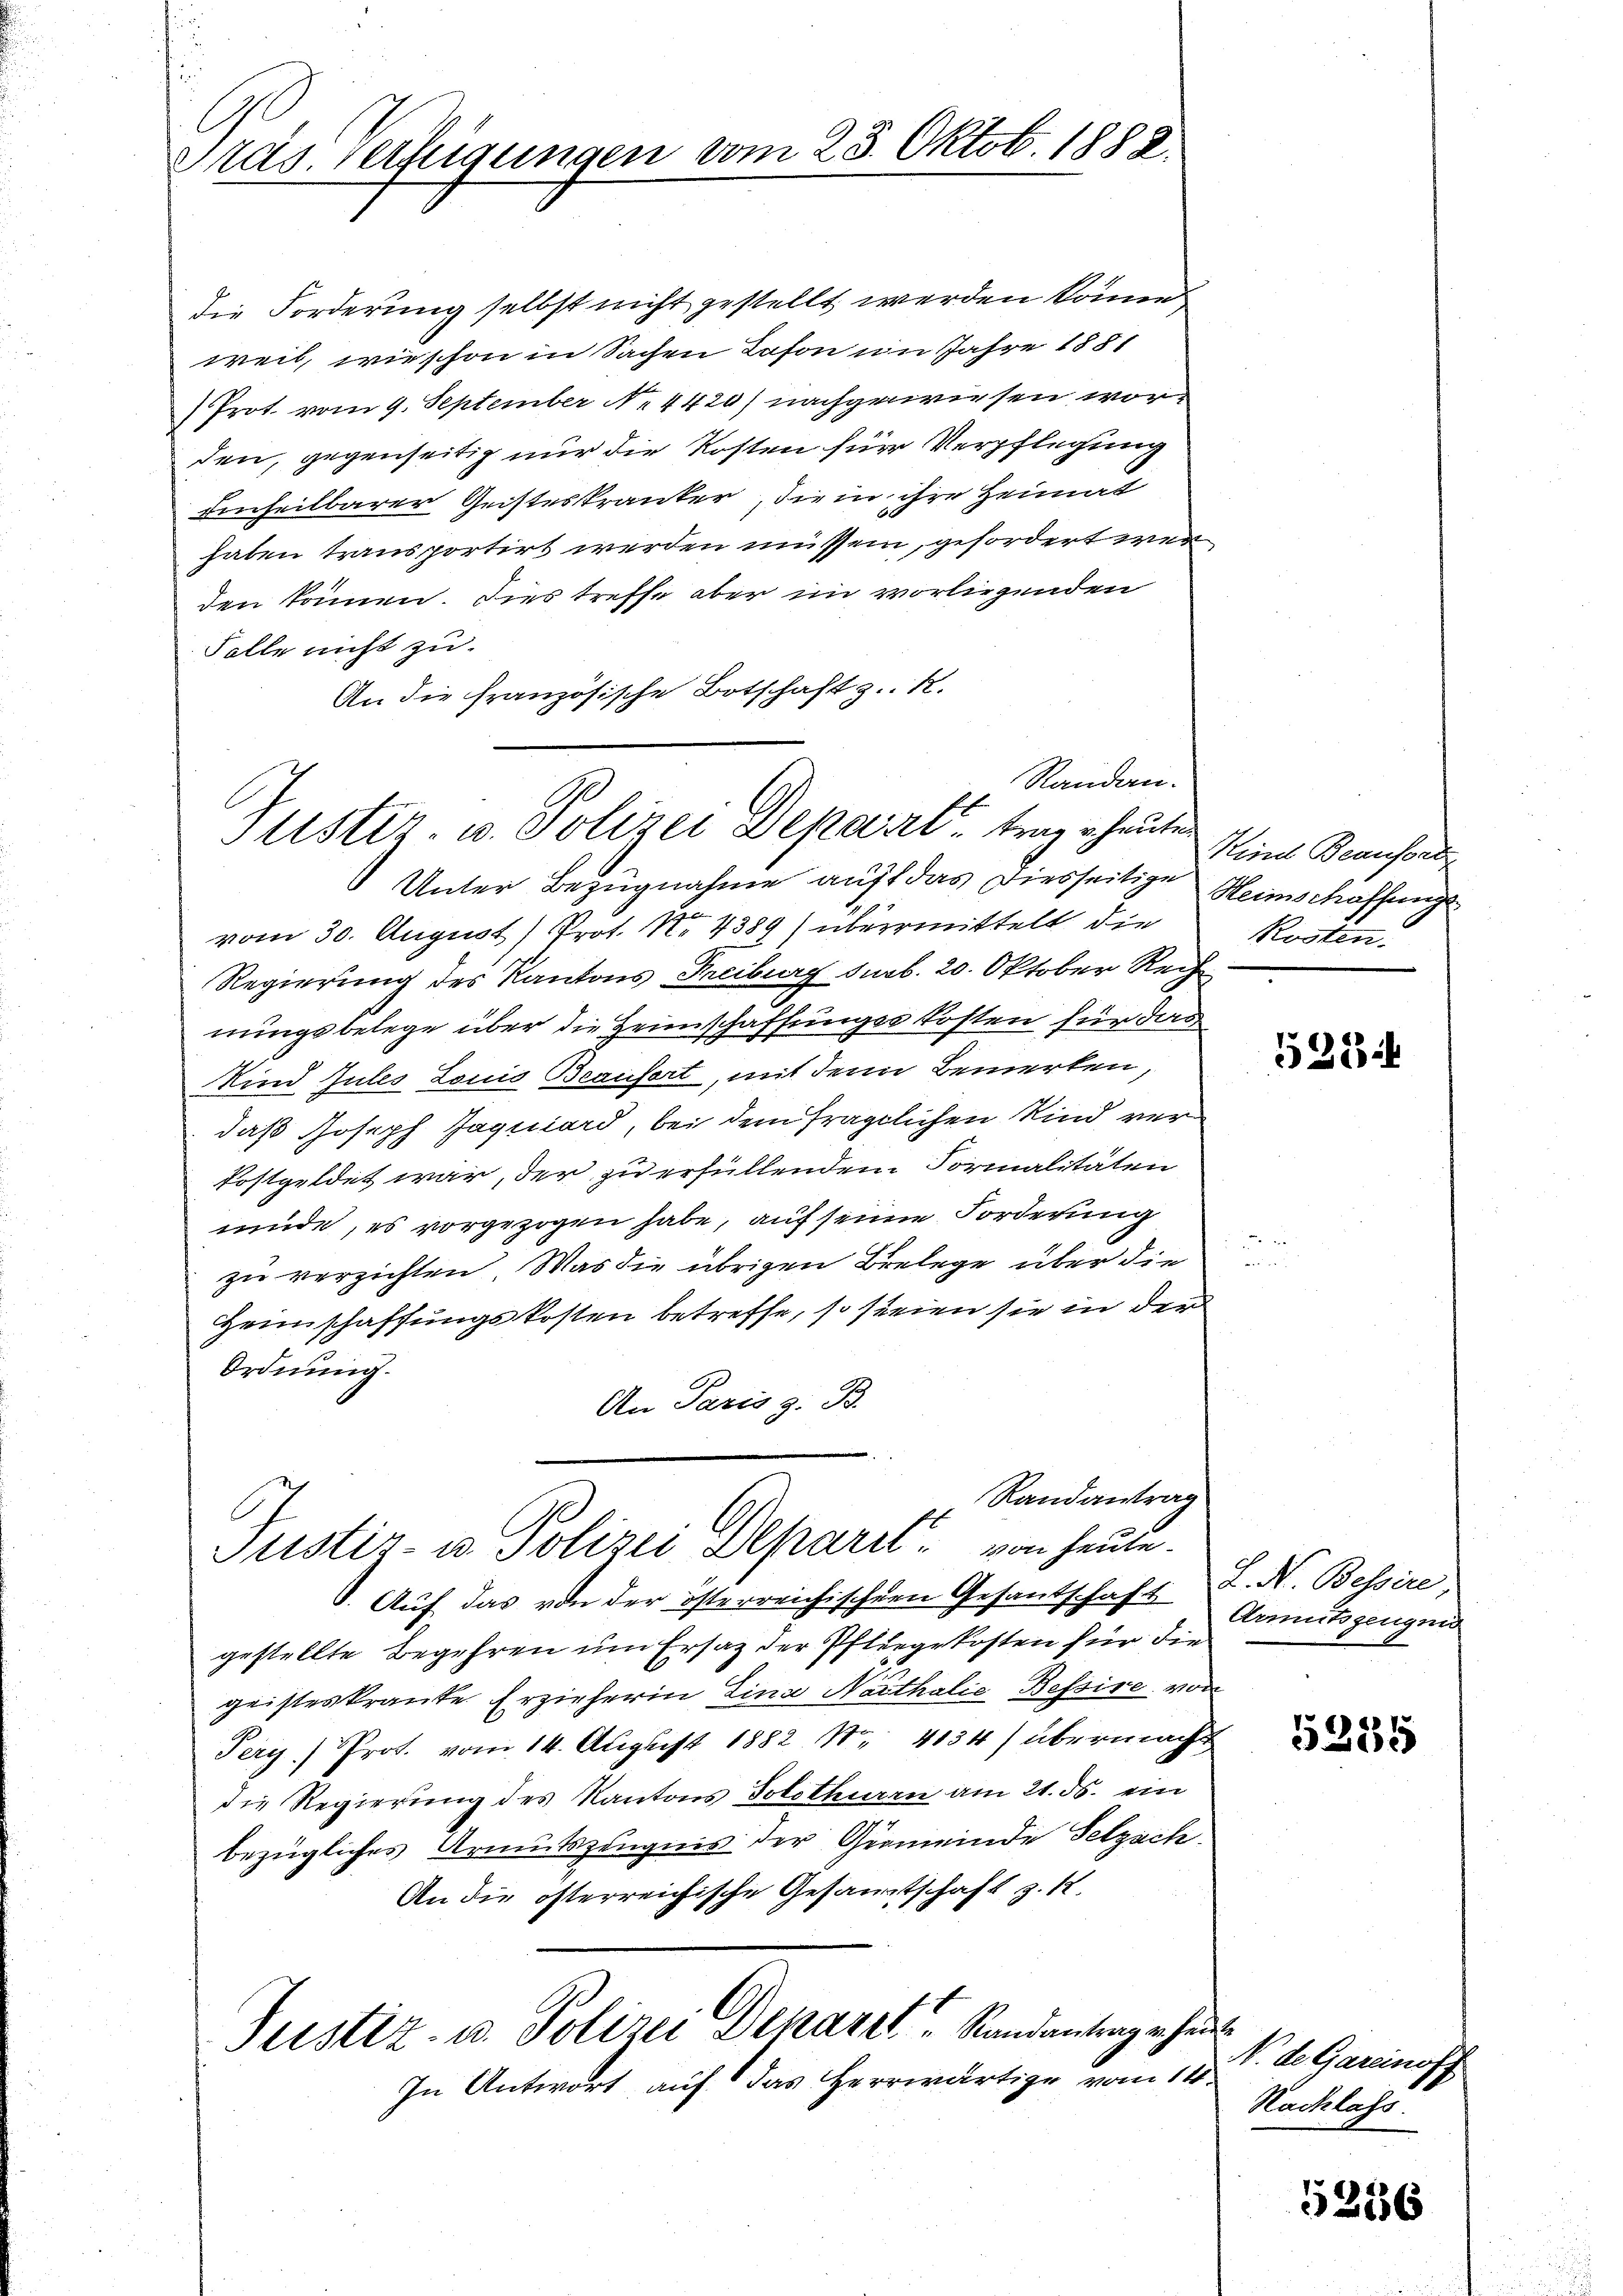
Stas Verfügungen vom 25. Oktob. 1888.

die Forderung selbst nicht gestellt werden könne
weil, wie schon in Sachen Lason im Jahre 1881
Prot. vom 9. September N. 4420) nachgewiesen worden, gegenseitig nur die Kosten für Verpflegung
denheilbarer Geisteskranker, die in ihre Heimat
haben transportirt werden müssen, gefordert werden können. Dies treffe aber im vorliegenden
Folle nicht zu.
An die französische Botschaft z. R.
Randen.
Unter Bezugnahme auf das Diesseitige Heimschaffungs
vom 30. August) Prot. No 4389) übermittelt die
Regierung des Kantons Freiburg sub. 20. Oktober Rech
nungsbelege über die Heimschaffunges kosten für das
Kind Jules Louis Beausort, mit den Bemerken,
daß Joseph Jaquiard, bei dem fraglichen Kind ver¬
Postgeldet war, der zu erfüllendem Formalitäten
müde, es vorgezogen habe, auf seine Forderung
zu verzichten. Was die übrigen Brelege über die
Heimschaffungskosten betreffe, so seien sie in der
Ordnung.
An Paris z. B.
Randantrag
C
Justiz- u Polizei Deparit von heute.
. Auf das von der österreichischen Gesantschaft L. N. Bessire
gestellte Begehren um Ersatz der Pfliegekosten für die
geisteskrante Erzieherin Lina Narthalie Bessire von
Pery) Prot. vom 14. August 1882 Nr. 4134) übermacht
die Regierung des Kantons Solothurn am 21. ds. ein
bezügliches Armutszeugnis der Gemeinde Setzsch
An die österreichische Gesamtschaft z. K.
Justiz- u. Polizei Denare Randantrag erhan
In Antwort auf das Herrwärtige vom 14.

Stistiz- u. Polizei Depart trag heuten

Kind Beaufsat
Kosten.

528

Armutszeugen

5284

N. de Garcinoff
Nachlass.

5256